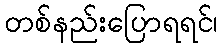
တစ်နည်းပြောရရင်၊